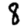
Digit: 8